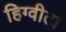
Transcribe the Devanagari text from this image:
हिग्वीटा